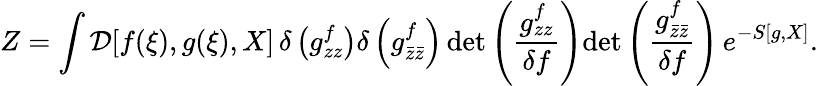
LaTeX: Z=\int{\cal D}[f(\xi),g(\xi),X]\, \delta\left(g_{zz}^{f}\right)\delta\left(g_{\bar{z}\bar{z}}^{f}\right)\, \mathrm{det}\left(\frac{g_{zz}^{f}}{\delta f}\right)\mathrm{det}\left(\frac{g_{\bar{z}\bar{z}}^{f}}{\delta f}\right)\, e^{-S[g,X]}.